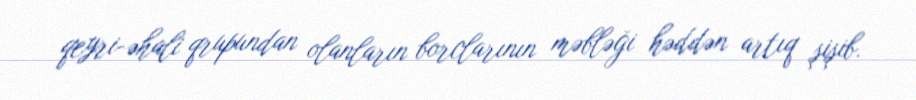
qeyri-əhali qrupundan olanların borclarının məbləği həddən artıq şişib.